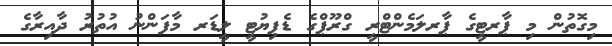
މިގޮތުން މި ޕާރޓީގެ ޕާރލަމެންޓްރީ ގްރޫޕްގެ ޑެޕިޔުޓީ ލީޑަރ މާފަންނު އުތުރު ދާއިރާގެ